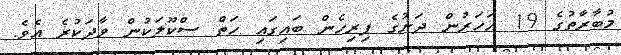
މުބާރާތުގެ 19 އަހަރުން ދަށުގެ ފިރިހެން ބައިގައި ހަތް ސްކޫލަކުން ވާދަކުރެ އެވެ.